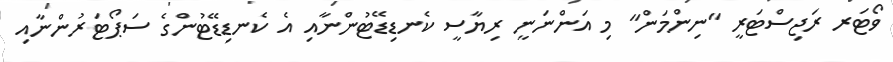
ވޯޓަރ ރަޖިސްޓަރީ "ނިންމަން" މި އަންނަނީ ރިޔާސީ ކެނޑިޑޭޓުންނާއި އެ ކެނޑިޑޭޓުންގެ ސަޕޯޓަރުންނާއި